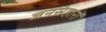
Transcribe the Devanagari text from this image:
जनसंहारों